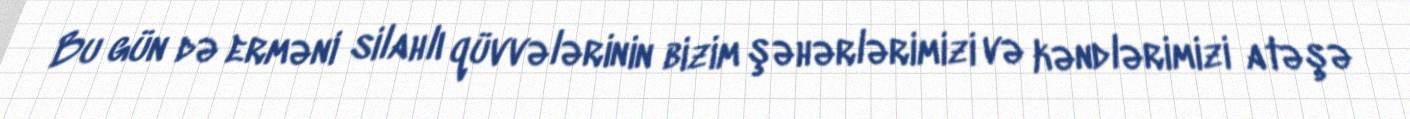
Bu gün də erməni silahlı qüvvələrinin bizim şəhərlərimizi və kəndlərimizi atəşə